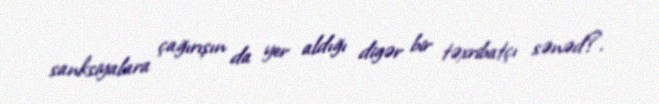
sanksiyalara çağırışın da yer aldığı digər bir təxribatçı sənəd?.